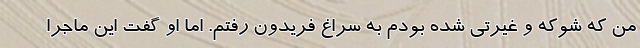
من که شوکه و غیرتی شده بودم به سراغ فریدون رفتم. اما او گفت این ماجرا